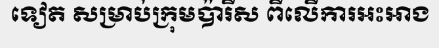
ទៀត សម្រាប់ក្រុមប៉ារីស ពីលើការអះអាង